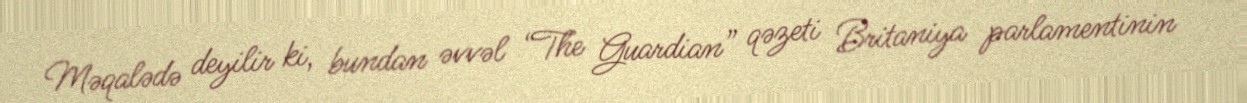
Məqalədə deyilir ki, bundan əvvəl “The Guardian” qəzeti Britaniya parlamentinin